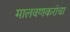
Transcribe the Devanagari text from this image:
मालवणकरांचा